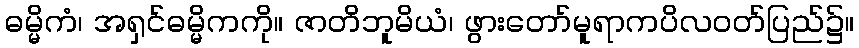
ဓမ္မိကံ၊ အရှင်ဓမ္မိကကို။ ဇာတိဘူမိယံ၊ ဖွားတော်မူရာကပိလဝတ်ပြည်၌။